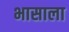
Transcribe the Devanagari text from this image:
भासाला